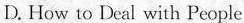
D.Hew to Deal with People